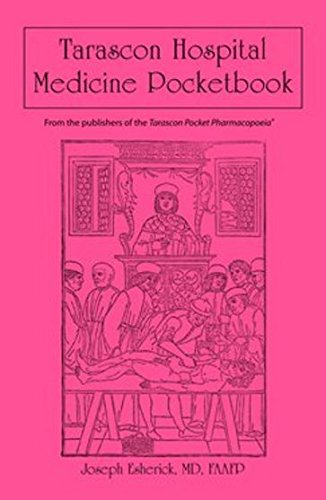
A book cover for Tarascon Hospital Medicine Pocketbook; Joseph S. Esherick; Reference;